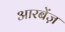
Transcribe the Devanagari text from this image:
आरबेंज़